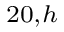
^ { 2 0 , h }